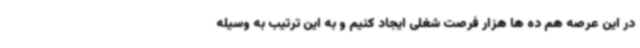
در این عرصه هم ده ها هزار فرصت شغلی ایجاد کنیم و به این ترتیب به وسیله